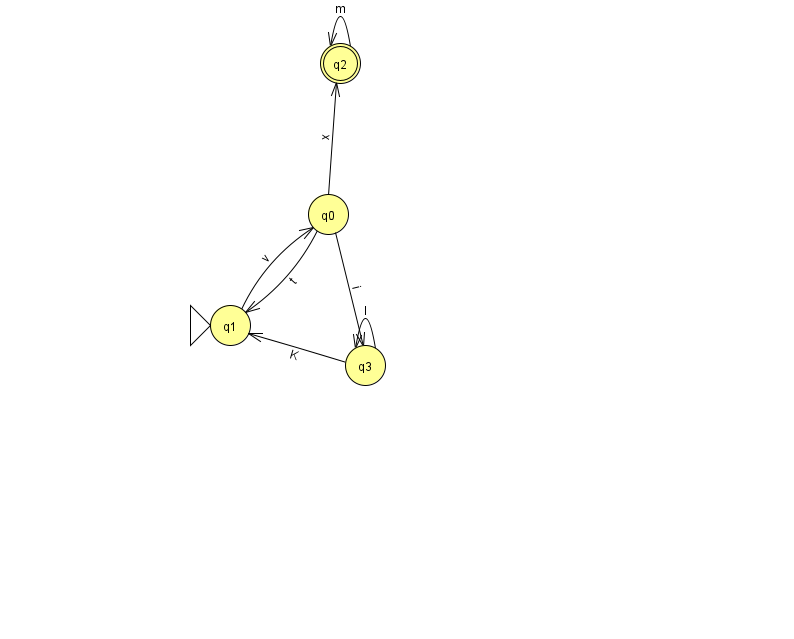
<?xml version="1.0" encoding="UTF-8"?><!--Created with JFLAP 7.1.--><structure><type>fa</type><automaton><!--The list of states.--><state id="0" name="q0"><x>328.0</x><y>201.0</y></state><state id="1" name="q1"><x>230.0</x><y>312.0</y><initial/></state><state id="2" name="q2"><x>340.0</x><y>50.0</y><final/></state><state id="3" name="q3"><x>365.0</x><y>352.0</y></state><!--The list of transitions.--><transition><from>3</from><to>1</to><read>K</read></transition><transition><from>1</from><to>0</to><read>v</read></transition><transition><from>0</from><to>1</to><read>t</read></transition><transition><from>3</from><to>3</to><read>l</read></transition><transition><from>0</from><to>2</to><read>x</read></transition><transition><from>0</from><to>3</to><read>i</read></transition><transition><from>2</from><to>2</to><read>m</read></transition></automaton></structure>